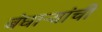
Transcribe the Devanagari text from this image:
बंधाऱ्यांची